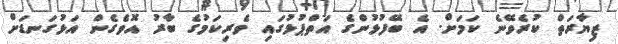
ޒިޔާރަތް ކުރެވޭނެ ކަމަށް. އެ ބޭފުޅުންގެ އަތްޕުޅުގައި ވެރިކަމުގެ ބާރު އޮވެގެން އަޅުގަނޑަށް